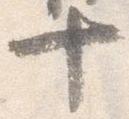
十